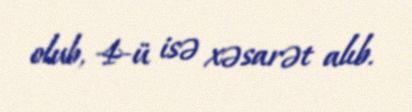
olub, 4-ü isə xəsarət alıb.